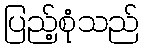
ပြည့်စုံသည်